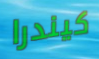
كيندرا